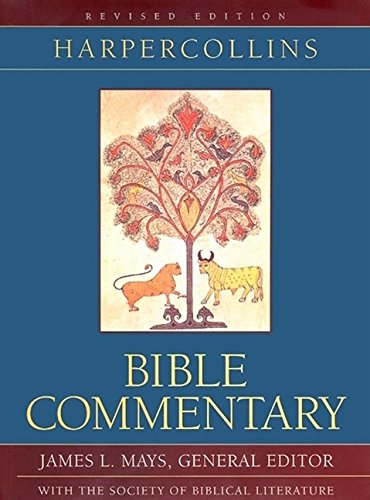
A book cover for HarperCollins Bible Commentary - Revised Edition; James L. Mays; Reference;